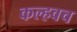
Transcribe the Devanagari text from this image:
कल्हवच